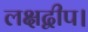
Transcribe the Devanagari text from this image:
लक्षद्वीप।